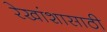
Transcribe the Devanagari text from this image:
रेखांशासाठी